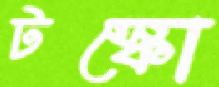
টস্‌কো